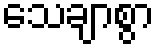
သေချာစွာ